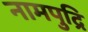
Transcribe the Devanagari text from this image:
नामपुद्रि